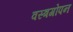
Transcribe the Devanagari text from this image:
वस्त्रगोपन